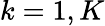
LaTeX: k=1,K